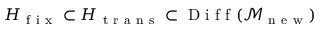
H _ { \mathrm { ~ f ~ i ~ x ~ } } \subset H _ { \mathrm { ~ t ~ r ~ a ~ n ~ s ~ } } \subset \mathrm { ~ D ~ i ~ f ~ f ~ } ( \mathcal { M } _ { \mathrm { ~ n ~ e ~ w ~ } } )